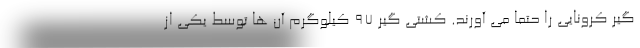
گیر کرونایی را حتما می آورند. کشتی گیر ۹۷ کیلوگرم آن ها توسط یکی از